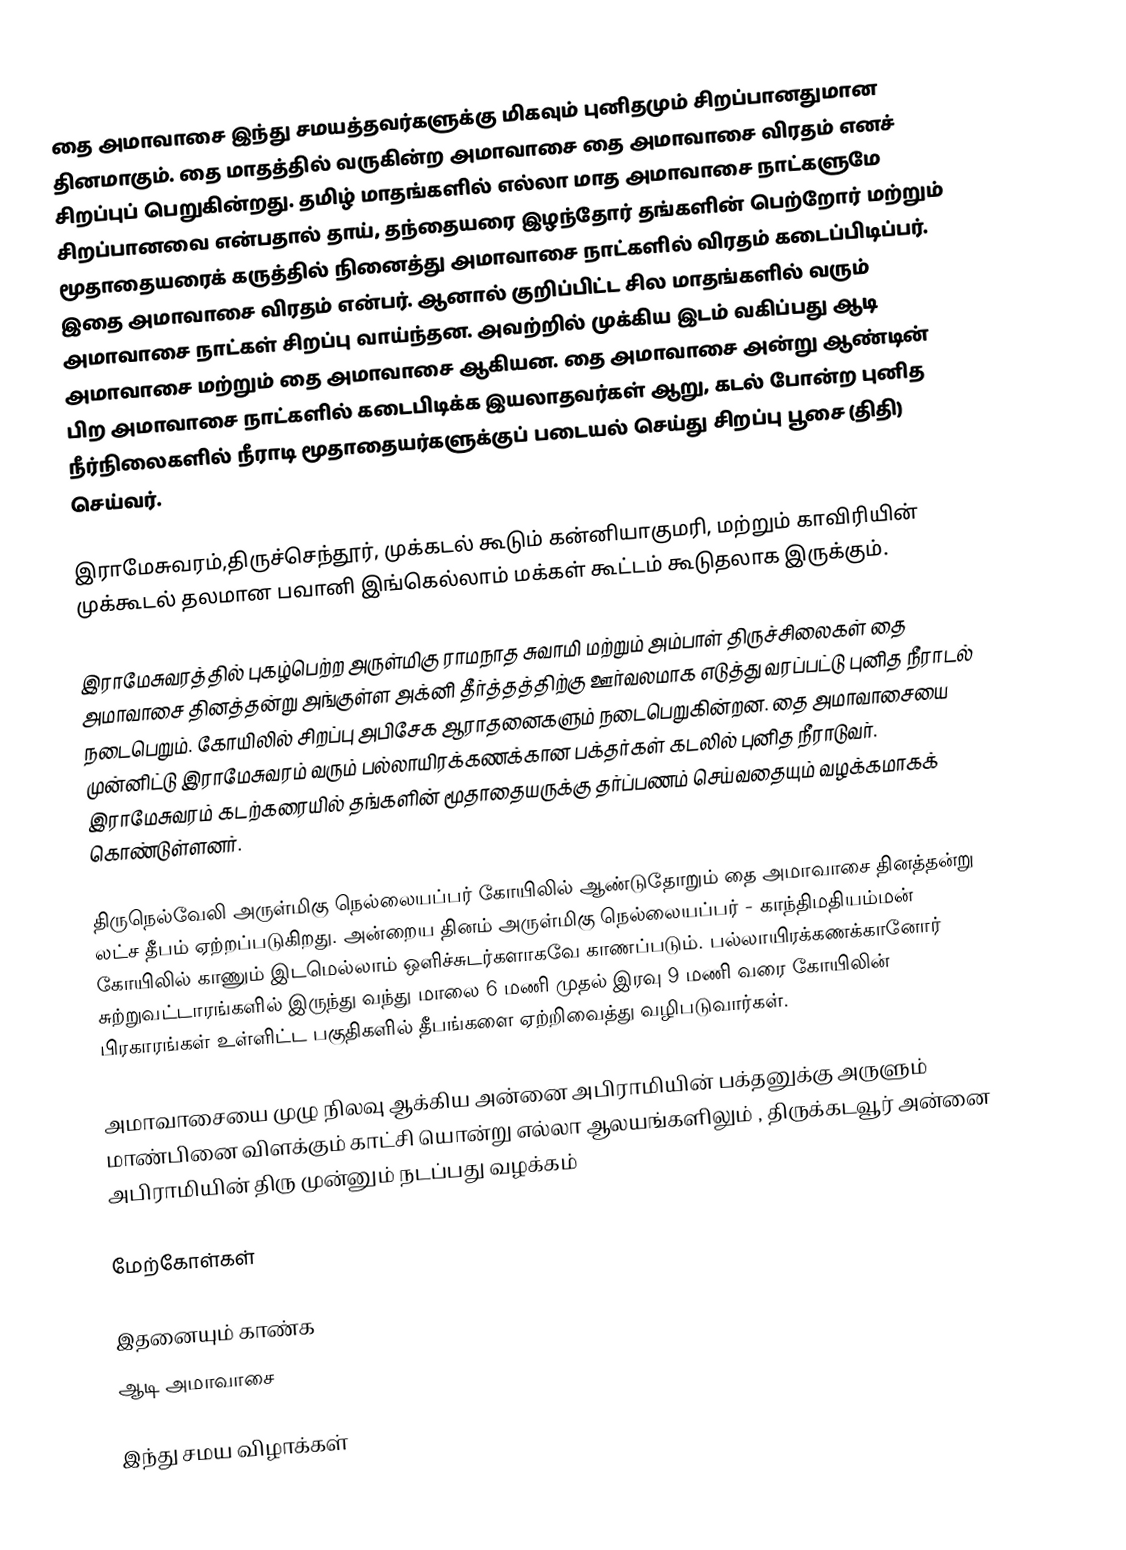
தை அமாவாசை இந்து சமயத்தவர்களுக்கு மிகவும் புனிதமும் சிறப்பானதுமான தினமாகும். தை மாதத்தில் வருகின்ற அமாவாசை தை அமாவாசை விரதம் எனச் சிறப்புப் பெறுகின்றது. தமிழ் மாதங்களில் எல்லா மாத அமாவாசை நாட்களுமே சிறப்பானவை என்பதால் தாய், தந்தையரை இழந்தோர் தங்களின் பெற்றோர் மற்றும் மூதாதையரைக் கருத்தில் நினைத்து அமாவாசை நாட்களில் விரதம் கடைப்பிடிப்பர். இதை அமாவாசை விரதம் என்பர். ஆனால் குறிப்பிட்ட சில மாதங்களில் வரும் அமாவாசை நாட்கள் சிறப்பு வாய்ந்தன. அவற்றில் முக்கிய இடம் வகிப்பது ஆடி அமாவாசை மற்றும் தை அமாவாசை ஆகியன. தை அமாவாசை அன்று ஆண்டின் பிற அமாவாசை நாட்களில் கடைபிடிக்க இயலாதவர்கள் ஆறு, கடல் போன்ற புனித நீர்நிலைகளில் நீராடி மூதாதையர்களுக்குப் படையல் செய்து சிறப்பு பூசை (திதி) செய்வர்.

இராமேசுவரம்,திருச்செந்தூர், முக்கடல் கூடும் கன்னியாகுமரி,  மற்றும் காவிரியின் முக்கூடல் தலமான பவானி இங்கெல்லாம் மக்கள் கூட்டம் கூடுதலாக இருக்கும்.

இராமேசுவரத்தில் புகழ்பெற்ற அருள்மிகு ராமநாத சுவாமி மற்றும் அம்பாள் திருச்சிலைகள் தை அமாவாசை தினத்தன்று அங்குள்ள அக்னி தீர்த்தத்திற்கு ஊர்வலமாக எடுத்து வரப்பட்டு புனித நீராடல் நடைபெறும். கோயிலில் சிறப்பு அபிசேக ஆராதனைகளும் நடைபெறுகின்றன. தை அமாவாசையை முன்னிட்டு இராமேசுவரம் வரும் பல்லாயிரக்கணக்கான பக்தர்கள் கடலில் புனித நீராடுவர். இராமேசுவரம் கடற்கரையில் தங்களின் மூதாதையருக்கு தர்ப்பணம் செய்வதையும் வழக்கமாகக் கொண்டுள்ளனர்.

திருநெல்வேலி அருள்மிகு நெல்லையப்பர் கோயிலில் ஆண்டுதோறும் தை அமாவாசை தினத்தன்று லட்ச தீபம் ஏற்றப்படுகிறது. அன்றைய தினம் அருள்மிகு நெல்லையப்பர் - காந்திமதியம்மன் கோயிலில் காணும் இடமெல்லாம் ஒளிச்சுடர்களாகவே காணப்படும். பல்லாயிரக்கணக்கானோர் சுற்றுவட்டாரங்களில் இருந்து வந்து மாலை 6 மணி முதல் இரவு 9 மணி வரை கோயிலின் பிரகாரங்கள் உள்ளிட்ட பகுதிகளில் தீபங்களை ஏற்றிவைத்து வழிபடுவார்கள்.

அமாவாசையை  முழு நிலவு ஆக்கிய அன்னை அபிராமியின் பக்தனுக்கு அருளும் மாண்பினை விளக்கும் காட்சி யொன்று எல்லா ஆலயங்களிலும் , திருக்கடவூர் அன்னை  அபிராமியின் திரு முன்னும் நடப்பது வழக்கம்

மேற்கோள்கள்

இதனையும் காண்க
 ஆடி அமாவாசை

இந்து சமய விழாக்கள்